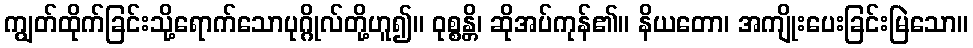
ကျွတ်ထိုက်ခြင်းသို့ရောက်သောပုဂ္ဂိုလ်တို့ဟူ၍။ ဝုစ္စန္တိ၊ ဆိုအပ်ကုန်၏။ နိယတော၊ အကျိုးပေးခြင်းမြဲသော။